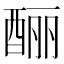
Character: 酾